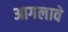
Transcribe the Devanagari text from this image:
आगलावे